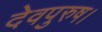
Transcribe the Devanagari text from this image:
देवपुरुष।